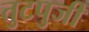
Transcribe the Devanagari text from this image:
तुटपुजी